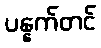
ပန္နက်တင်